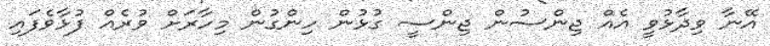
އޭނާ ވިދާޅުވީ އެއް ޖިންސުން ޖިންސީ ގުޅުން ހިންގުން މިހާރަށް ވުރެއް ފުޅާވެފައި